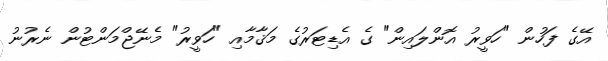
އޭގެ ފަހުން "ހަވީރު އޮންލައިން" ގެ އެޑިޓަރުގެ މަޤާމާއި "ހަވީރު" މެނޭޖްމަންޓުން ނެރުނު